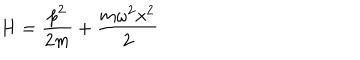
H = \frac { p ^ { 2 } } { 2 m } + \frac { m \omega ^ { 2 } x ^ { 2 } } { 2 }